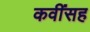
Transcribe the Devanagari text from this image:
कवींसह